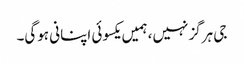
جی ہرگز نہیں، ہمیں یکسوئی اپنانی ہوگی۔